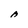
Character: A